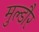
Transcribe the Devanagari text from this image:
मुल्डौर